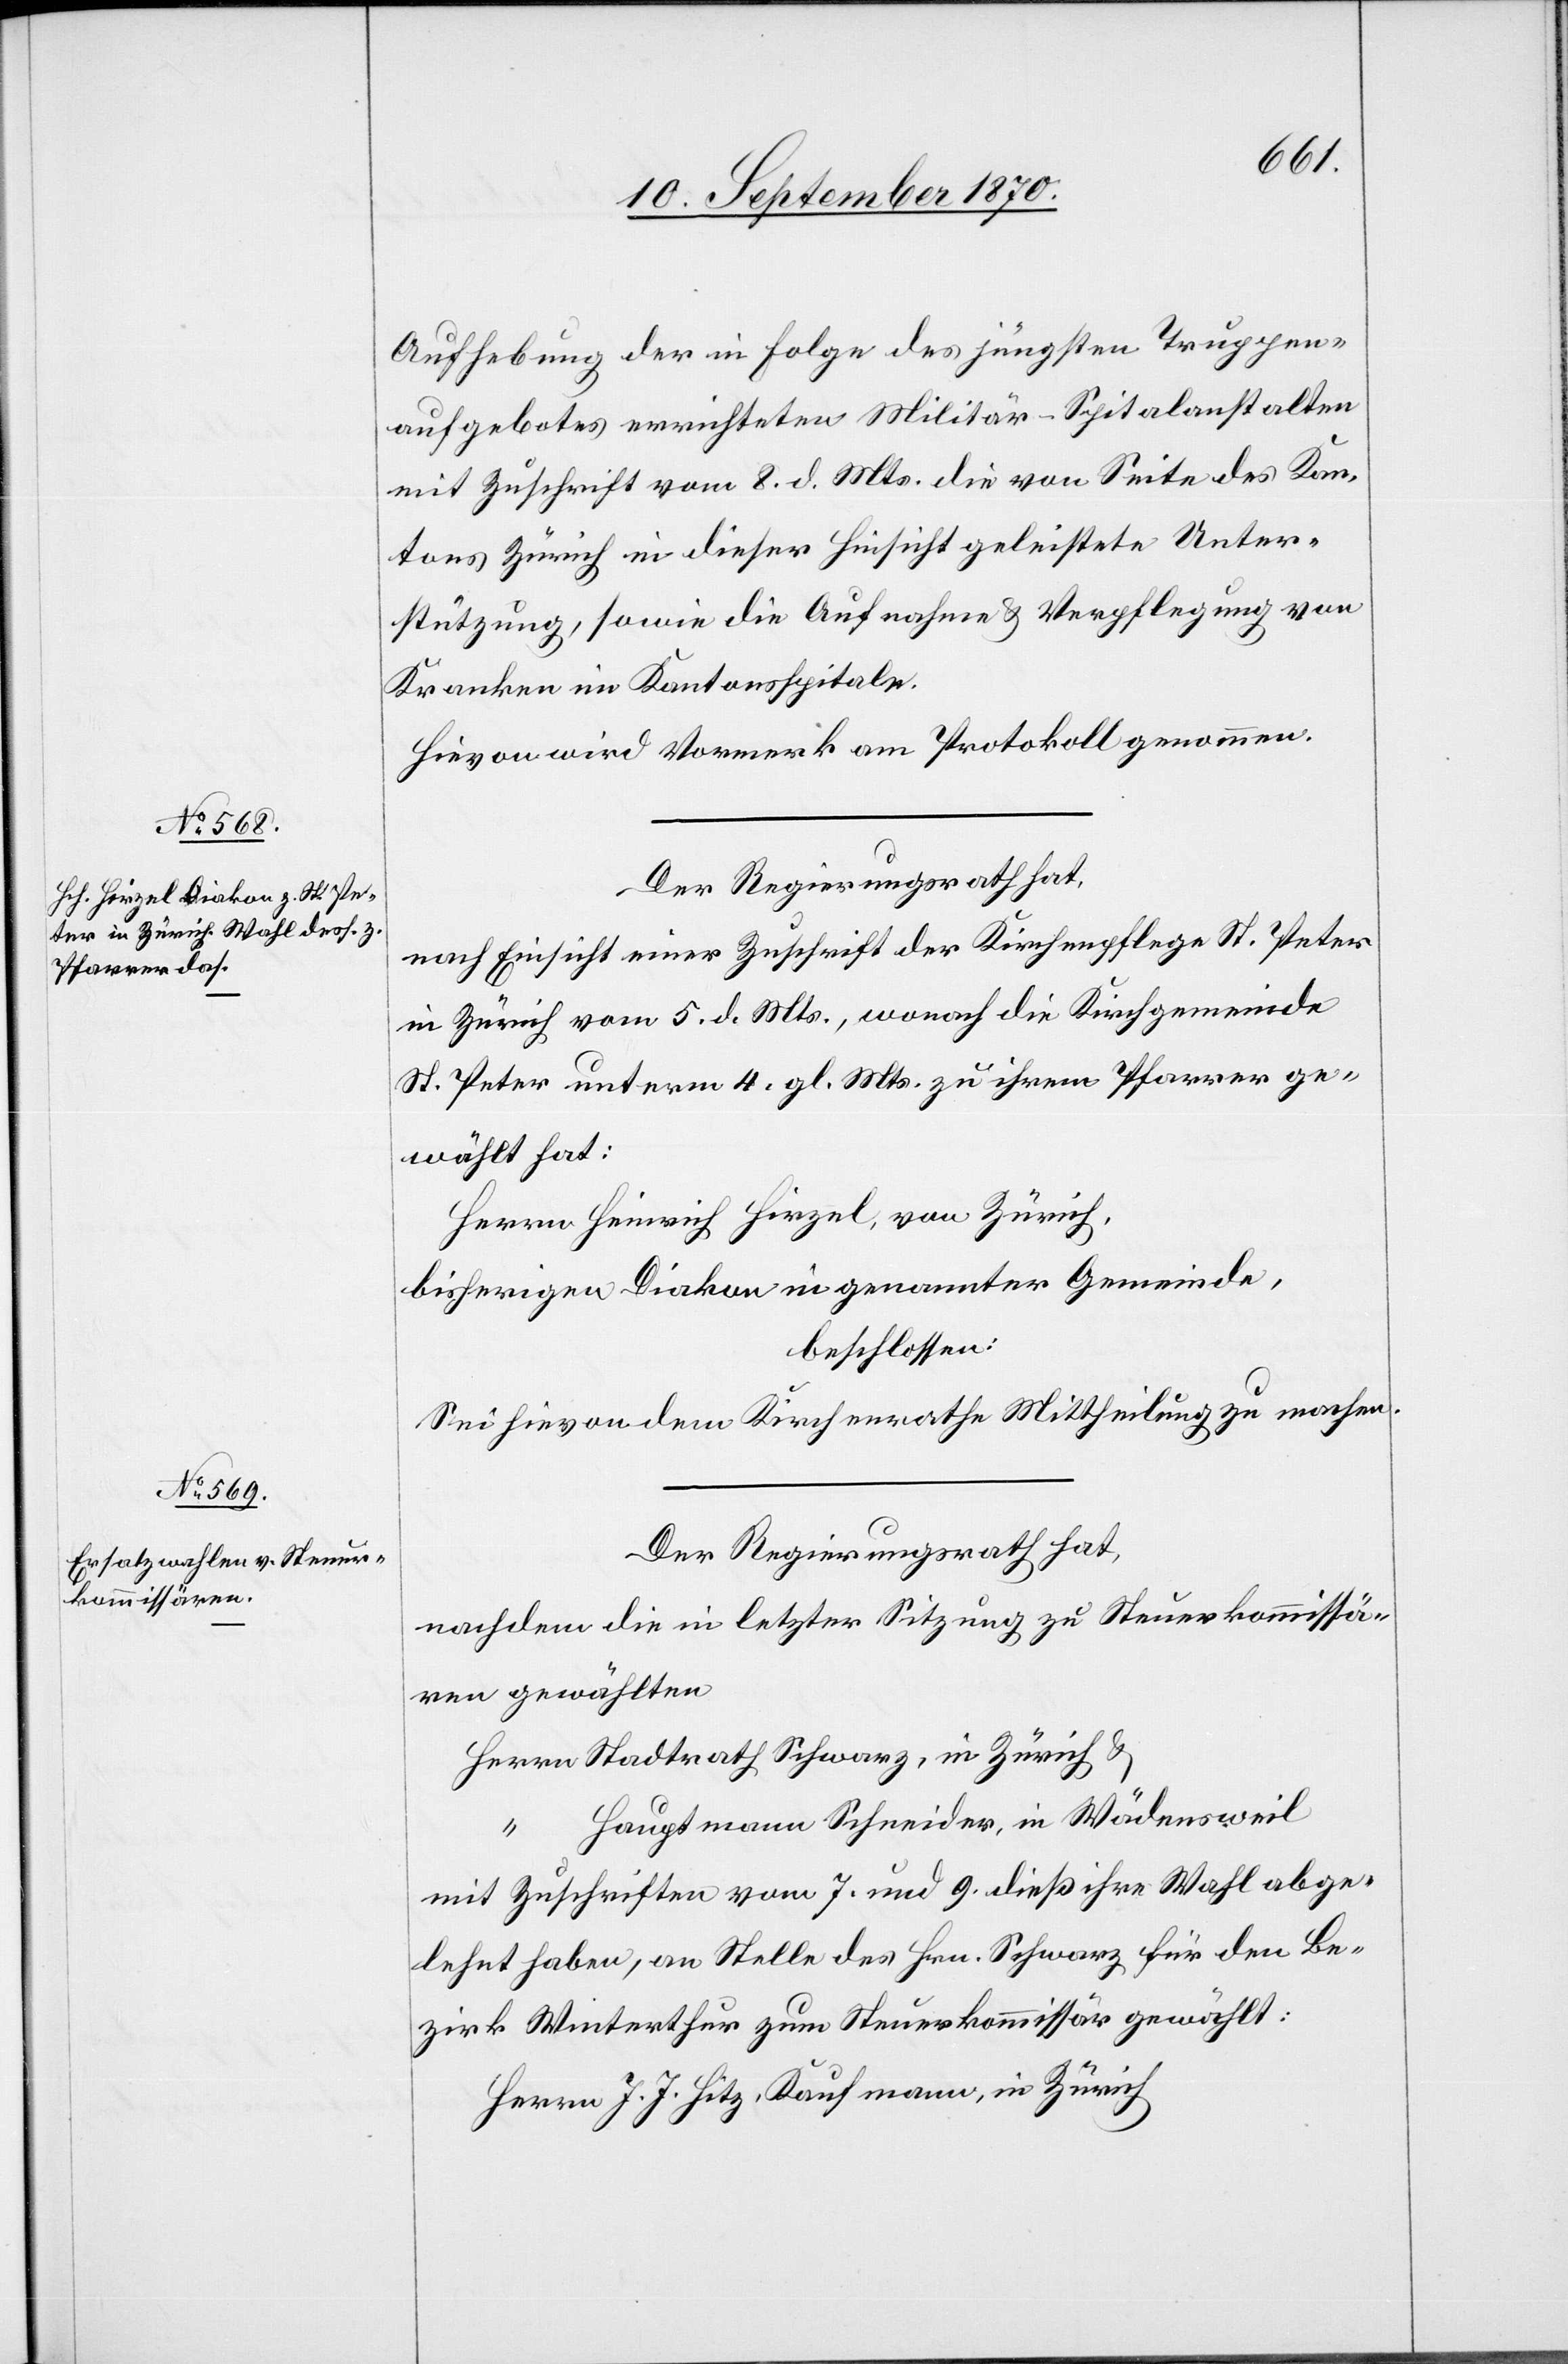
Aufhebung der in Folge des jüngsten Truppen¬
aufgebotes errichteten Militär-Spitalanstalten
mit Zuschrift vom 8. d. Mts. die von Seite des Kan¬
tons Zürich in dieser Hinsicht geleistete Unter¬
stützung, sowie die Aufnahme & Verpflegung von
Kranken im Kantonsspitale.
Hievon wird Vormerk am Protokoll genommen.
Der Regierungsrath hat,
nach Einsicht einer Zuschrift der Kirchenpflege St. Peter
in Zürich vom 5. d. Mts., wonach die Kirchgemeinde
St. Peter unterm 4. gl. Mts. zu ihrem Pfarrer ge¬
wählt hat:
Herrn Heinrich Hirzel, von Zürich,
bisheriger Diakon in genannter Gemeinde,
beschlossen:
Sei hievon dem Kirchenrathe Mittheilung zu machen.
Der Regierungsrath hat,
nachdem die in letzter Sitzung zu Steuerkommissä¬
ren gewählten
Hauptmann Schneider, in Wädensweil
mit Zuschriften vom 7. und 9. dieß ihre Wahl abge¬
lehnt haben, an Stelle des Hrn. Schwarz für den Be¬
zirk Winterthur zum Steuerkommissär gewählt:
Herrn J. J. Hitz, Kaufmann, in Zürich